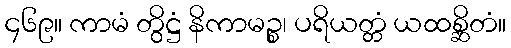
၄၆၉။ ကာမံ တွိဋ္ဌံ နိကာမဉ္စ၊ ပရိယတ္တံ ယထစ္ဆိတံ။